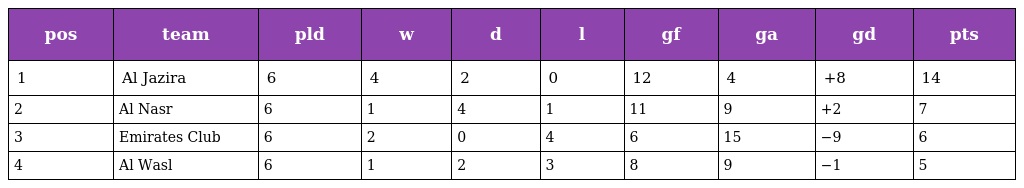
| pos | team | pld | w | d | l | gf | ga | gd | pts |
 | --- | --- | --- | --- | --- | --- | --- | --- | --- | --- |
 | 1 | Al Jazira | 6 | 4 | 2 | 0 | 12 | 4 | +8 | 14 |
 | 2 | Al Nasr | 6 | 1 | 4 | 1 | 11 | 9 | +2 | 7 |
 | 3 | Emirates Club | 6 | 2 | 0 | 4 | 6 | 15 | −9 | 6 |
 | 4 | Al Wasl | 6 | 1 | 2 | 3 | 8 | 9 | −1 | 5 |